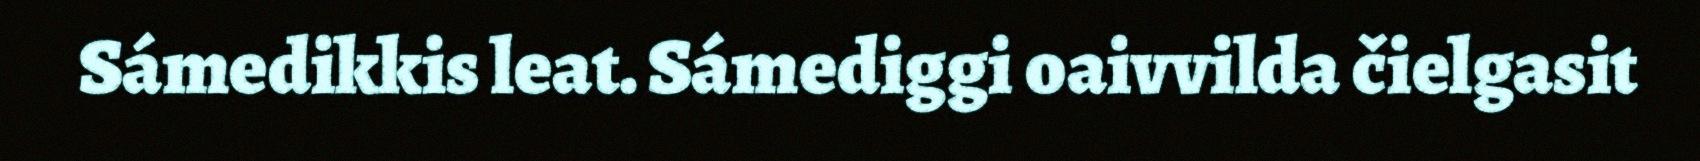
Sámedikkis leat. Sámediggi oaivvilda čielgasit